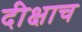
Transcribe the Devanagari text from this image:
दीक्षाच